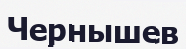
Чернышев